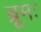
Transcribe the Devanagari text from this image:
ब्रूमः